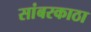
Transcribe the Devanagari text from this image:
सांबरकाठा